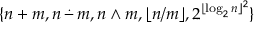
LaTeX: \{ n + m , n \, { \stackrel { . } { - } } \, m , n \wedge m , \lfloor n / m \rfloor , 2 ^ { \lfloor \log _ { 2 } n \rfloor ^ { 2 } } \}